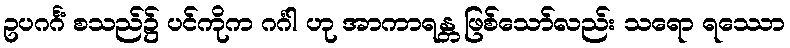
ဥပဂင်္ဂံ စသည်၌ ပင်ကိုက ဂင်္ဂါ ဟု အာကာရန္တ ဖြစ်သော်လည်း သရော ရဿော